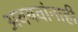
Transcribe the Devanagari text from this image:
अवयवांनाही